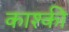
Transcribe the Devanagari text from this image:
काश्की